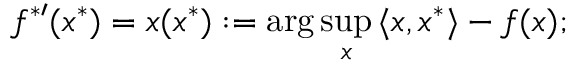
f ^ { { * } \prime } ( x ^ { * } ) = x ( x ^ { * } ) : = \arg \operatorname* { s u p } _ { x } { \langle x , x ^ { * } \rangle } - f ( x ) ;